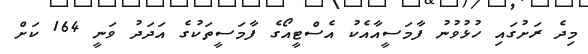
މިދެ ރަށުގައި ހުޅުވުނު ފާމަސީއާއެކު އެސްޓީއޯގެ ފާމަސީތަކުގެ އަދަދު ވަނީ 164 ކަށް